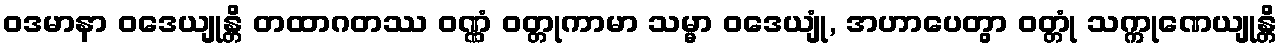
ဝဒမာနာ ဝဒေယျုန္တိ တထာဂတဿ ဝဏ္ဏံ ဝတ္တုကာမာ သမ္မာ ဝဒေယျုံ, အဟာပေတွာ ဝတ္တုံ သက္ကုဏေယျုန္တိ